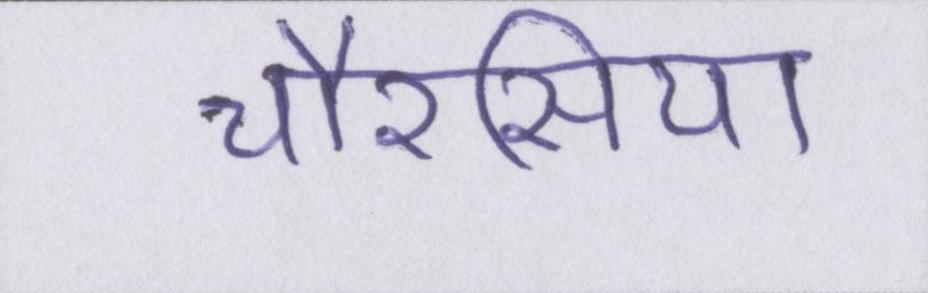
चौरसिया